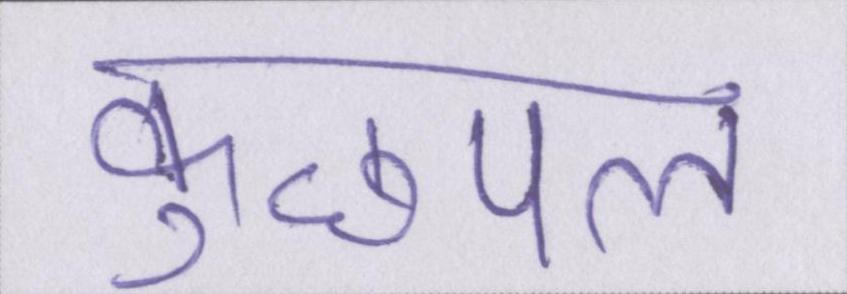
कुछपल